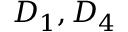
D _ { 1 } , D _ { 4 }